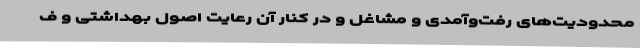
محدودیت‌های رفت‌وآمدی و مشاغل و در کنار آن رعایت اصول بهداشتی و ف